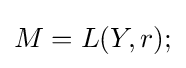
M=L(Y,r);